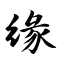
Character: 缘